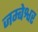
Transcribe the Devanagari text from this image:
जम्बेश्वर